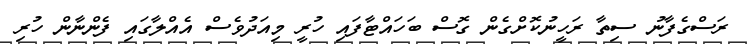
ރަސްގެފާނު ސިތާ ރަހީނުކޮށްގެން ގޮސް ބަހައްޓާފައި ހުރީ މިއަދުވެސް އެއްލާގައި ފެންނާން ހުރި